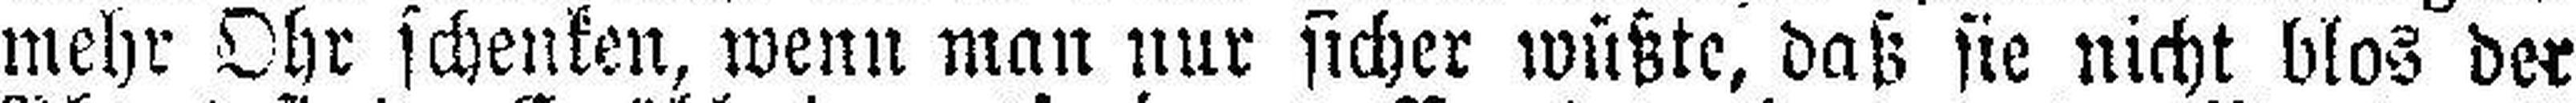
mehr Ohr schenken, wenn man nur sicher wüßte, daß sie nicht blos der